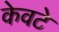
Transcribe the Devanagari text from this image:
केवटे